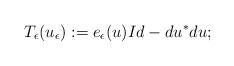
LaTeX: \begin{align*}T_{\epsilon}(u_{\epsilon}):=e_{\epsilon}(u)Id-du^*du;\end{align*}